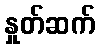
နှုတ်ဆက်